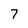
Character: 7